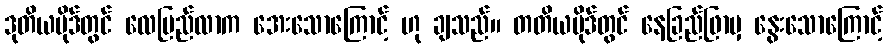
ဒုတိယပိုဒ်တွင် လေပြည်လာက အေးသောကြောင့် ဟု ချသည်။ တတိယပိုဒ်တွင် နေခြည်ဖြာမှ နွေးသောကြောင့်